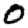
Digit: 0